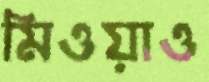
মিওয়াও